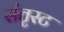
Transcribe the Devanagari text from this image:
संतृस्ट